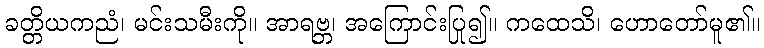
ခတ္တိယကညံ၊ မင်းသမီးကို။ အာရဗ္ဘ၊ အကြောင်းပြု၍။ ကထေသိ၊ ဟောတော်မူ၏။